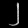
Digit: ၂